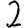
Digit: 2